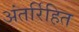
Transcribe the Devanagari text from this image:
अंतर्रिहित